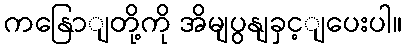
ကနြောျတို့ကို အိမျပွနျခှင့ျပေးပါ။